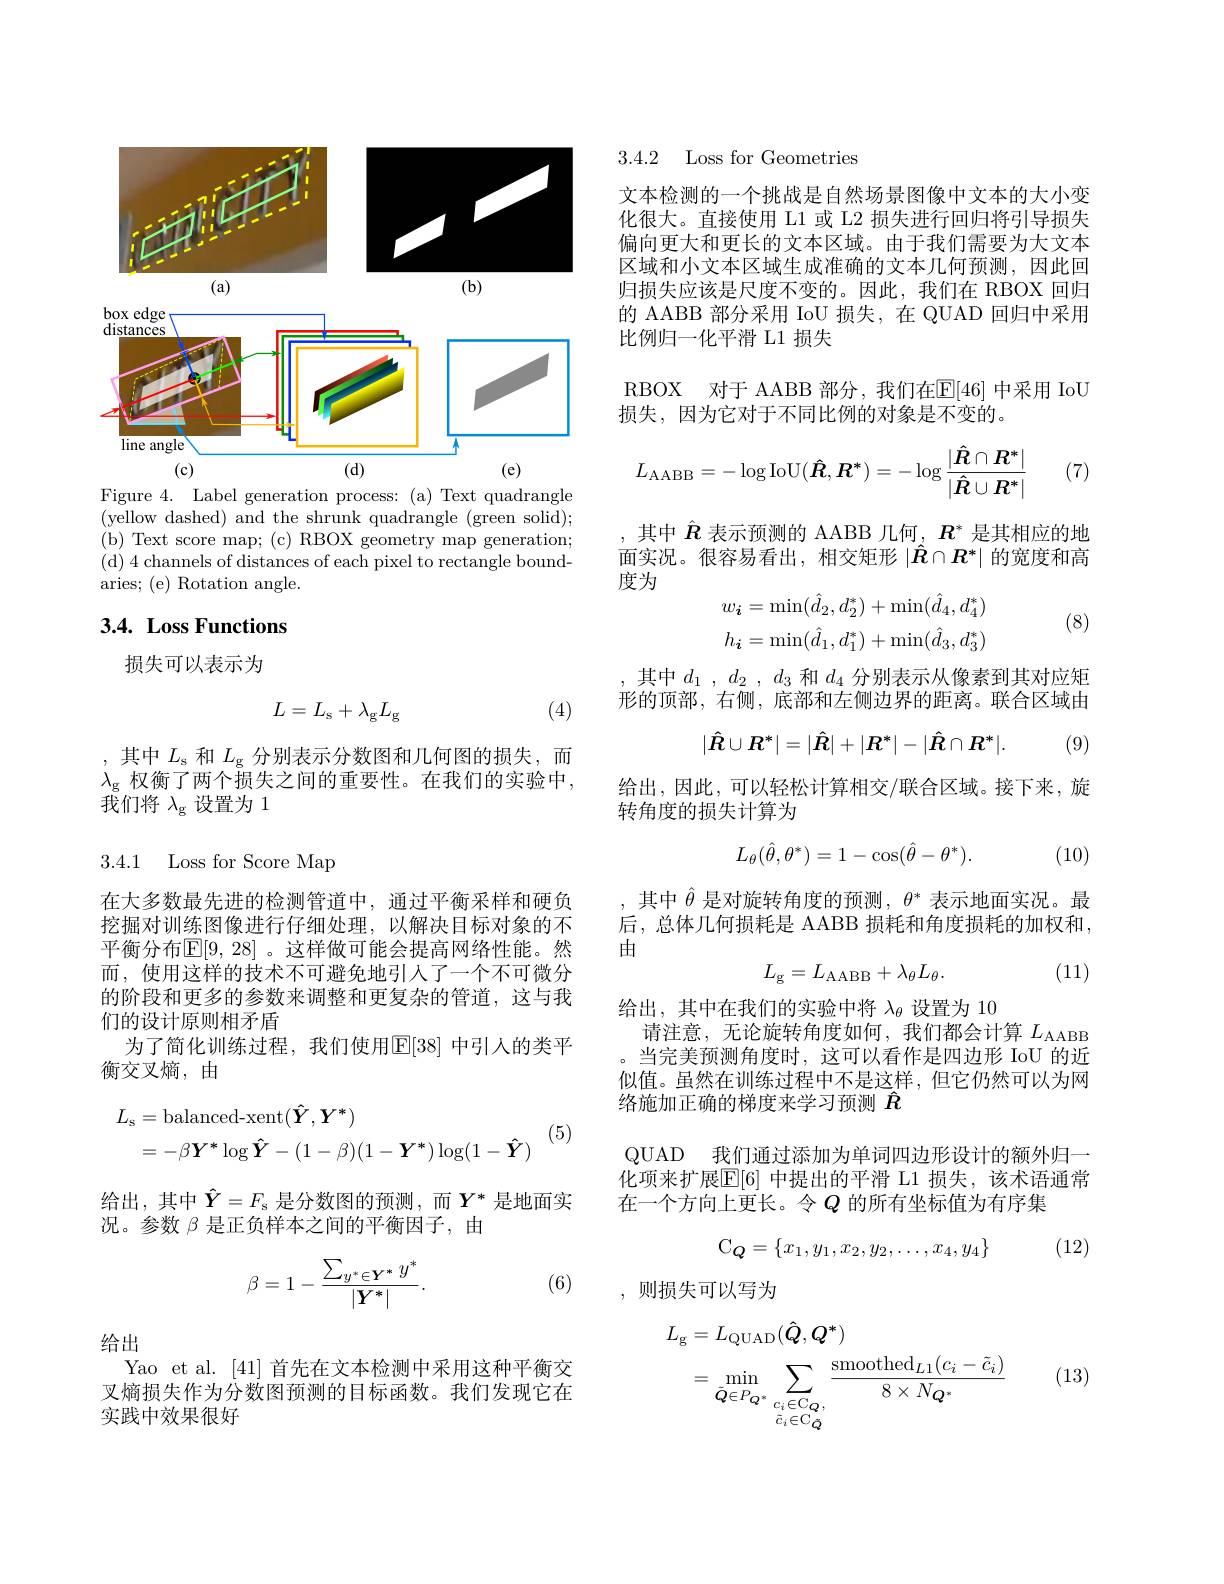
<FigureHere>
Figure 4. Label generation process:(a) Text quadrangle

(yellow dashed) and the shrunk quadrangle (green solid); ( b) Text score map; ( c) RBOX geometry map generation; (d) 4 channels of distances of each pixel to rectangle boundaries; (e) Rotation angle.

## $3. 4. \textbf{ Loss Functions}$

损失可以表示为

(4)
$$L=L_\mathrm{s}+\lambda_\mathrm{g}L_\mathrm{g}$$
,其中$L_\mathrm{s}$和$L_\mathrm{g}$分别表示分数图和几何图的损失，而$\lambda_\mathrm{g}\bar{\text{ 权衡了两个损失之间的重要性。在我们的实验中}}$, $\bar{\text{我们将 }\lambda_\mathrm{g}}$设置为 1

3.4.1 Loss for Score Map

在大多数最先进的检测管道中，通过平衡采样和硬负挖掘对训练图像进行仔细处理，以解决目标对象的不平衡分布$\mathbb{E}[9,28]$ 。这样做可能会提高网络性能。然而，使用这样的技术不可避免地引人了一个不可微分的阶段和更多的参数来调整和更复杂的管道，这与我们的设计原则相矛盾
为了简化训练过程，我们使用$\mathbb{E}[38]$ 中引人的类平
衡交叉熵，由
$$\begin{aligned}L_{\mathrm{s}}&=\mathrm{balanced-xent}(\hat{\boldsymbol{Y}},\boldsymbol{Y}^{*})\\&=-\beta\boldsymbol{Y}^{*}\log\boldsymbol{\hat{Y}}-(1-\beta)(1-\boldsymbol{Y}^{*})\log(1-\boldsymbol{\hat{Y}})\end{aligned}$$
(5)

给出，其中$\hat{Y}=F_\mathrm{s}$ 是分数图的预测，而$Y^*$ 是地面实
况。参数$\beta$是正负样本之间的平衡因子，由
$$\beta=1-\frac{\sum_{y^*\in\boldsymbol{Y}^*}y^*}{|\boldsymbol{Y}^*|}.$$
(6)

给出

Yao et al. [41]首先在文本检测中采用这种平衡交叉熵损失作为分数图预测的目标函数。我们发现它在实践中效果很好

3.4.2 Loss for Geometries

文本检测的一个挑战是自然场景图像中文本的大小变化很大。直接使用 L1 或 L2 损失进行回归将引导损失偏向更大和更长的文本区域。由于我们需要为大文本区域和小文本区域生成准确的文本几何预测，因此回归损失应该是尺度不变的。因此，我们在 RBOX 回归的 AABB 部分采用 IoU 损失，在 QUAD 回归中采用比例归一化平滑 L1 损失
RBOX 对于 AABB 部分，我们在$\mathbb{E}[46]$ 中采用 IoU

损失，因为它对于不同比例的对象是不变的。
$$L_{\mathrm{AABB}}=-\log\mathrm{IoU}(\hat{\boldsymbol{R}},\boldsymbol{R}^*)=-\log\frac{|\hat{\boldsymbol{R}}\cap\boldsymbol{R}^*|}{|\hat{\boldsymbol{R}}\cup\boldsymbol{R}^*|}$$
(7)

,其中$\hat{R}$表示预测的 AABB 几何，$R^*$是其相应的地面实况。很容易看出，相交矩形$|\hat{\boldsymbol{R}}\cap\boldsymbol{R}^*|$的宽度和高度为
$$w_{\boldsymbol{i}}=\min(\hat{d}_{2},d_{2}^{*})+\min(\hat{d}_{4},d_{4}^{*})\\h_{\boldsymbol{i}}=\min(\hat{d}_{1},d_{1}^{*})+\min(\hat{d}_{3},d_{3}^{*})$$
(8)

其中$d_1$ , $d_2$ , $d_3$和$d_4$分别表示从像素到其对应矩形的顶部，右侧，底部和左侧边界的距离。联合区域由
$$|\hat{R}\cup R^*|=|\hat{R}|+|R^*|-|\hat{R}\cap R^*|.$$
(9)

给出，因此，可以轻松计算相交/联合区域。接下来，旋
转角度的损失计算为
$$L_\theta(\hat\theta,\theta^*)=1-\cos(\hat\theta-\theta^*).$$
(10)

,其中$\hat{\theta}$是对旋转角度的预测$,\theta^*$表示地面实况。最后，总体几何损耗是 AABB 损耗和角度损耗的加权和， 由
$$L_\mathrm{g}=L_\mathrm{AABB}+\lambda_\theta L_\theta.$$
(11)

给出，其中在我们的实验中将$\lambda_\theta$设置为 10
请注意，无论旋转角度如何，我们都会计算$L_\mathrm{AABB}$ 。当完美预测角度时、这可以看作是四边形 IoU 的近似值。虽然在训练过程中不是这样，但它仍然可以为网络施加正确的梯度来学习预测$\hat{R}$

QUAD 我们通过添加为单词四边形设计的额外归一

化项来扩展$\overline{\mathbb{E}}[6]$ 中提出的平滑 L1 损失，该术语通常
在一个方向上更长。令$Q$ 的所有坐标值为有序集
$$\mathrm C_{\boldsymbol Q}=\{x_1,y_1,x_2,y_2,\ldots,x_4,y_4\}$$
(12)

,则损失可以写为
$$\begin{aligned}L_{\mathrm{g}}&=L_{\mathrm{QUAD}}(\hat{\boldsymbol{Q}},\boldsymbol{Q}^{*})\\&=\min_{\tilde{\boldsymbol{Q}}\in P_{\boldsymbol{Q}^{*}}}\sum_{c_{i}\in\mathcal{C}_{\boldsymbol{Q}},}\frac{\mathrm{smoothed}_{L1}(c_{i}-\tilde{c}_{i})}{8\times N_{\boldsymbol{Q}^{*}}}\end{aligned}$$